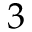
3